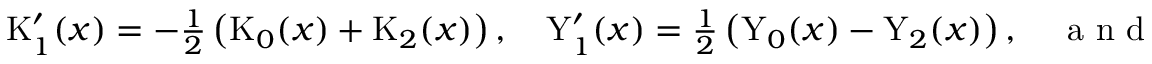
\begin{array} { r } { \mathrm { K } _ { 1 } ^ { \prime } ( x ) = - \frac { 1 } { 2 } \left( \mathrm { K } _ { 0 } ( x ) + \mathrm { K } _ { 2 } ( x ) \right) , \quad \mathrm { Y } _ { 1 } ^ { \prime } ( x ) = \frac { 1 } { 2 } \left( \mathrm { Y } _ { 0 } ( x ) - \mathrm { Y } _ { 2 } ( x ) \right) , \quad \mathrm { ~ a ~ n ~ d ~ } \quad \mathrm { H } _ { - 1 } ^ { \prime } ( x ) = \frac { 1 } { \pi x } + \frac { 1 } { 2 } \left( \mathrm { H } _ { - 2 } ( x ) - \mathrm { H } _ { 0 } ( x ) \right) . } \end{array}